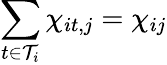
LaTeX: \sum_{t\in\mathcal{T}_{i}}\chi_{it,j}=\chi_{ij}